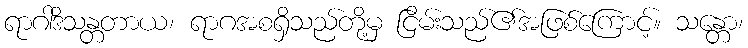
ရာဂါဒိသန္တတာယ၊ ရာဂအစရှိသည်တို့မှ ငြိမ်းသည်၏အဖြစ်ကြောင့်။ သန္တော၊